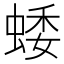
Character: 蜲